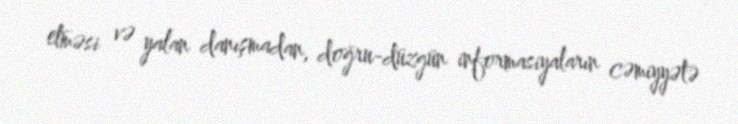
etməsi və yalan danışmadan, doğru-düzgün informasiyaların cəmiyyətə